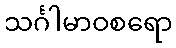
သင်္ဂါမာဝစရော